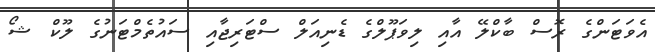
އެވަޓަންގެ ރޮސް ބާކްލޭ އާއި ލިވަޕޫލްގެ ޑެނިއަލް ސްޓަރިޖާއި ސައުތެމްޓަނުގެ ލޫކް ޝޯ